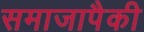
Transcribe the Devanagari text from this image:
समाजापैकी